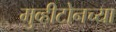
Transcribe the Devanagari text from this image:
मुव्हीटोनच्या